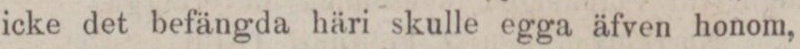
icke det befängda häri skulle egga äfven honom,